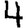
Digit: 4